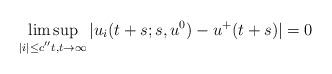
LaTeX: \begin{align*}\limsup_{|i|\le c^{''} t,t\to\infty} |u_i(t+s;s,u^0)-u^+(t+s)|=0\end{align*}